Vital statistics of India. Vol. IV, Annual returns from 1871 to 1876. British Army of India, Native Army and jails of Bengal
Year: 1871
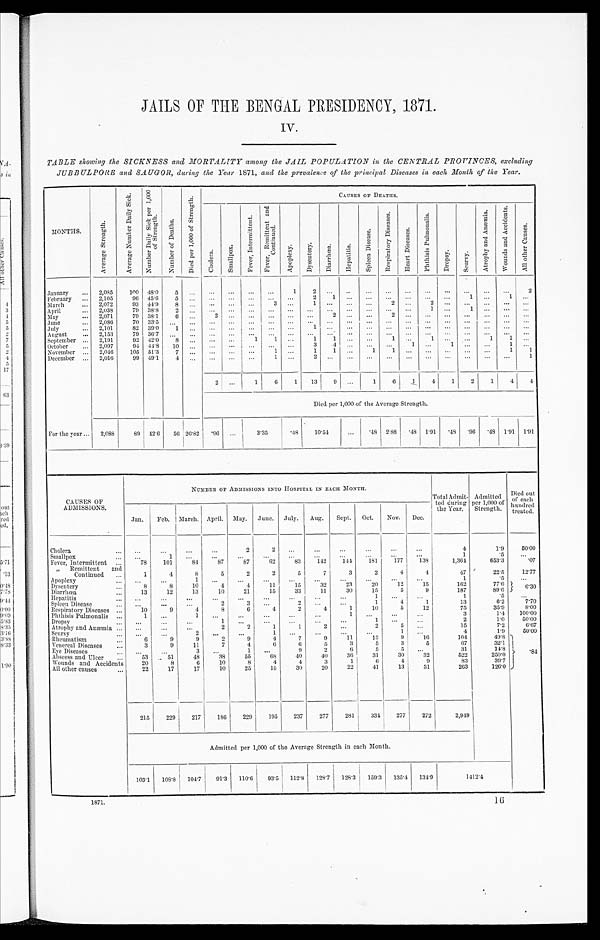
JAILS OF THE BENGAL PRESIDENCY, 1871.
IV.
TABLE showing the SICKNESS and MORTALITY among the JAIL POPULATION in the CENTRAL PROVINCES, excluding
JUBBULPORE and SAUGOR, during the Year 1871, and the prevalence of the principal Diseases in each Month of the Year.
M O N T H S .
A v e r a g e S t r e n g t h .
A v e r a g e N u m b e r D a i l y S i c k .
N u m b e r D a i l y s i c k p e r 1 , 0 0 0 o f S t r e n g t h .
N u m b e r o f D e a t h s .
D i e d p e r 1 , 0 0 0 o f S t r e n g t h .
CAUSES OF DEATHS.
c h o l e r a .
S m a l l p o x .
F e v e r , I n t e r m i t t e n t .
F e v e r , R e m i t t e d a n d C o n t i n u e d .
A p o p l e x y .
D y s e n t e r y
D i a r r h œ a .
H e p a t i t i s . S p l e e n D i s e a s e .
R e s p i r a t o r y D i s e a s e s .
H e a r t D i s e a s e s .
p h t h i s i s P u l m o n a l i s .
D r o p s y .
S c u r v y .
A t r o p h y a n d A n æ m i a .
w o u n d s a n d A c c i d e n t s .
A l l o t h e r C a u s e s .
January
... 2,085
100 48.0
5
. . .
...
...
...
. . .
1
2
. . .
. . .
...
...
...
...
...
...
...
...
2
February ... 2,105
96 45.6
5 ...
... ...
...
. . . ...
2
1
. . .
. . .
...
. . . ...
. . .
1 ...
1
. . .
March
... 2,072
93 44.9
8
. . .
. . . ...
...
3
. . .
1
. . .
. . .
. . .
2
. . . 2
. . .
. . .
. . . ...
...
April
. . . 2,038
79 38.8
2
. . .
. . . . . .
...
. . .
. . .
. . .
. . .
. . . . . .
. . .
. . .
1
. . .
1
. . . ...
...
May
... 2,071
79 38.1
6
. . .
2
. . . ...
. . . ...
. . .
2
. . . . . .
2
. . . ...
. . .
. . .
. . . ...
...
Jun e
. . . 2,086
7 0
33.5
. . . . . .
...
. . . ...
. . . ...
. . .
. . .
. . .
. . .
. . .
. . .
. . .
. . .
. . .
. . .
. . . ...
July
. . . 2,101
82 39.0
1
. . .
... ...
...
. . .
. . .
1
. . .
. . .
. . .
...
. . .
. . .
. . .
. . .
...
...
. . .
August
... 2,153
79 36.7
. . .
. . .
...
. . . ...
...
...
. . .
. . .
. . .
. . .
. . . ...
... ...
...
. . .
. . . ...
September ... 2,191
92 42.0
8
. . .
...
. . .
1
1
...
1
1
. . . . . .
1
. . . 1
. . .
. . .
1
1 ...
October
... 2,097
94 44.8
10 ...
... . . .
. . .
. . . ...
3
.4
. . .
. . . ...
1 ...
1
. . .
. . . 1
. . .
November ... 2,040
105 51.3
7
. . .
...
. . .
. . .
1
...
1
1
. . .
1
1 ...
...
...
...
...
1 1
December ... 2,016
9 9 49.1
4
. . .
...
. . .
. . .
1
...
2
. . .
. . .
. . .
. . .
. . .
. . .
. . .
. . .
. . .
. . .
1
2
. . .
1
6
1
13
9
. . .
1
6
1
4
1
2
1
4
4
Died per 1,000 of the Average Strength.
For the year ... 2,088
89 42.6
56 26.82
. 9 6 ...
3.35
. 4 8
10.54
...
.48 2.88 .48 1.91 .48 .96 .48 1.91 1.91
CAUSES OF
ADMISSIONS.
NUMBER OF ADMISSIONS INTO HOSPITAL IN EACH MONTH.
Total Admit
ted during
the Year.
Admitted
per 1,000 of
Strength.
Died out
o f e a c h h u n d r e d
treated.
Jan.
Feb. March. April. May. June. July. Aug.
Sept. Oct.
Nov. Dec.
Cholera
. . .
. . .
. . .
...
...
2
2
...
...
...
...
...
...
4
1.9
50.00
Small pox
...
...
1
. . .
. . .
...
...
...
. . .
...
...
...
...
1
. 5
...
Fever, Intermittent
. . .
78
101
84
87
87
62
83
1 4 2
1 4 4
1 8 1
1 7 7
1 3 8
1 , 3 6 4
6 5 3 . 3
. 0 7
, , R e m i t t e n t
a n d
Continued ...
1
4
8
5
2
2
5
7
3
2
4
4
47
22.5
12.77
Apopl exy
...
...
...
1
. . .
. . .
. . . ...
...
...
. . .
...
...
162
77.6
6.30
Dysentery
. . .
8
8
10
4
4
11
15
32
23
20
1 2
1 5
1 6 2
7 7 . 6
Diarrhœa
. . .
13
12
13
10
21
15
33
11
30
15
5
9
187
8 9 . 6
Hepatitis
...
...
. . .
. . .
...
...
...
...
...
. . .
1
...
. . .
1
. 5
. . .
Spleen Disease
...
...
...
. . .
2
3
. . .
2
. . .
...
1
4
1
1 3
6 . 2
7 . 7
Respiratory Diseases
. . .
10
9
4
8
6
4
2
4
1
1 0
5
1 2
7 5
3 5 . 9
8 . 0 0
Phthisis Pulmonalis
. . .
1
. . .
1 ...
...
...
. . . ...
1
. . . ...
. . .
3
1 . 4 100.00
Dropsy
. . .
. . .
. . . ...
1
. . .
...
. . .
. . .
...
1
...
...
2
1 0 .
5 0 . 0 0
Atrophy and Anæmia ...
. . .
. . .
. . .
2
2
1
1
2
...
2
5
. . .
1 5
7 . 2
6 . 6 7
Scurvy
. . .
. . .
. . .
2
. . . ...
1
. . . ...
...
...
1
. . .
4
1.9
50.00
Rheumatism
. . .
6
9
9
2
9
4
7
9
11
13
9
16
104
49.8 . 8 4
Venereal Diseases
. . .
3
9
11
7
4
6
6
5
3
5
3
5
67
32.1
Eye Disease
. . .
. . . . . .
3
. . .
1
. . .
9
2
6
5
5
. . .
3 1
1 4 . 8
Abscess and Ulcer
. . .
53
51
48
38
55
68
40
40
36
31
30
32
522
250.0
Wounds and Accidents
20
8
6
10
8
4
4
3
1
6
4
9
83
39.7
All other causes
...
22
17
17
10
25
15
30
20
22
41
13
31
263
126.0
215
229
217
186
229
195
237
277
281
334
277
272
2,949
Admitted per 1,000 of the Average Strength in each Month.
103.1 108.8 104.7
91.3 110.6
93.5 112.8 128.7 128.3 159.3 135.4 134.9
1412.4
1871.
16